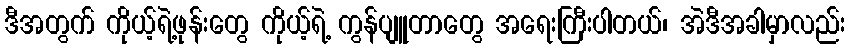
ဒီအတွက် ကိုယ့်ရဲ့ဖုန်းတွေ ကိုယ့်ရဲ့ ကွန်ပျူတာတွေ အရေးကြီးပါတယ်၊ အဲဒီအခါမှာလည်း